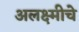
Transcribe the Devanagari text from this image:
अलक्ष्मीचे